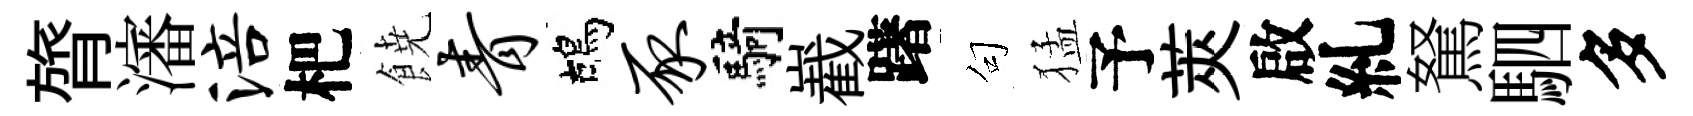
膂瀋涪杷𩜙青鴣豕騎嶻躇句猛予莢啟糺駑駟多